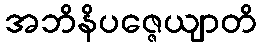
အဘိနိပဇ္ဇေယျာတိ